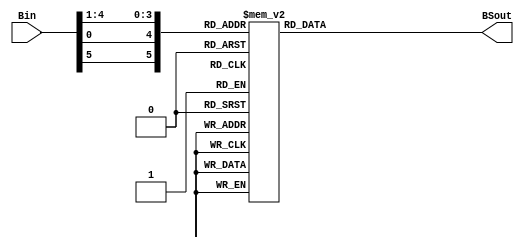
module sbox5(
     Bin,
    BSout
    );
    input [6:1] Bin;
    output reg [4:1] BSout;
	 wire [6:1] offset;
	  assign offset = {Bin[6], Bin[1], Bin[5 : 2]}; 	  	 
	 always @(offset) 	  	  
	 begin  	   	    
	 case (offset)             
	 6'b000000:  BSout <= 4'd2;             
	 6'b000001:  BSout <= 4'd12;             
	 6'b000010:  BSout <= 4'd4;            
	 6'b000011:  BSout <= 4'd1;             
	 6'b000100:  BSout <= 4'd7;             
	 6'b000101:  BSout <= 4'd10;             
	 6'b000110:  BSout <= 4'd11;             
	 6'b000111:  BSout <= 4'd6;             
	 6'b001000:  BSout <= 4'd8;             
	 6'b001001:  BSout <= 4'd5;             
	 6'b001010:  BSout <= 4'd3;             
	 6'b001011:  BSout <= 4'd15;             
	 6'b001100:  BSout <= 4'd13;             
	 6'b001101:  BSout <= 4'd0;             
	 6'b001110:  BSout <= 4'd14;             
	 6'b001111:  BSout <= 4'd9;             
	 6'b010000:  BSout <= 4'd14;             
	 6'b010001:  BSout <= 4'd11;             
	 6'b010010:  BSout <= 4'd2;             
	 6'b010011:  BSout <= 4'd12;             
	 6'b010100:  BSout <= 4'd4;             
	 6'b010101:  BSout <= 4'd7;             
	 6'b010110:  BSout <= 4'd13;             
	 6'b010111:  BSout <= 4'd1;             
	 6'b011000:  BSout <= 4'd5;             
	 6'b011001:  BSout <= 4'd0;             
	 6'b011010:  BSout <= 4'd15;             
	 6'b011011:  BSout <= 4'd10;             
	 6'b011100:  BSout <= 4'd3;             
	 6'b011101:  BSout <= 4'd9;             
	 6'b011110:  BSout <= 4'd8;             
	 6'b011111:  BSout <= 4'd6;             
	 6'b100000:  BSout <= 4'd4;             
	 6'b100001:  BSout <= 4'd2;             
	 6'b100010:  BSout <= 4'd1;             
	 6'b100011:  BSout <= 4'd11;             
	 6'b100100:  BSout <= 4'd10;             
	 6'b100101:  BSout <= 4'd13;             
	 6'b100110:  BSout <= 4'd7;             
	 6'b100111:  BSout <= 4'd8;             
	 6'b101000:  BSout <= 4'd15;             
	 6'b101001:  BSout <= 4'd9;             
	 6'b101010:  BSout <= 4'd12;             
	 6'b101011:  BSout <= 4'd5;             
	 6'b101100:  BSout <= 4'd6;             
	 6'b101101:  BSout <= 4'd3;             
	 6'b101110:  BSout <= 4'd0;             
	 6'b101111:  BSout <= 4'd14;             
	 6'b110000:  BSout <= 4'd11;             
	 6'b110001:  BSout <= 4'd8;             
	 6'b110010:  BSout <= 4'd12;             
	 6'b110011:  BSout <= 4'd7;             
	 6'b110100:  BSout <= 4'd1;             
	 6'b110101:  BSout <= 4'd14;            
	 6'b110110:  BSout <= 4'd2;             
	 6'b110111:  BSout <= 4'd13;            
	 6'b111000:  BSout <= 4'd6;        
	 6'b111001:  BSout <= 4'd15;        
	 6'b111010:  BSout <= 4'd0;       
	 6'b111011:  BSout <= 4'd9;       
	 6'b111100:  BSout <= 4'd10;       
	 6'b111101:  BSout <= 4'd4;       
	 6'b111110:  BSout <= 4'd5;      
	 6'b111111:  BSout <= 4'd3;      
	 default:    BSout <= 4'd0; 		
	 endcase 			 
	 end
	 

endmodule